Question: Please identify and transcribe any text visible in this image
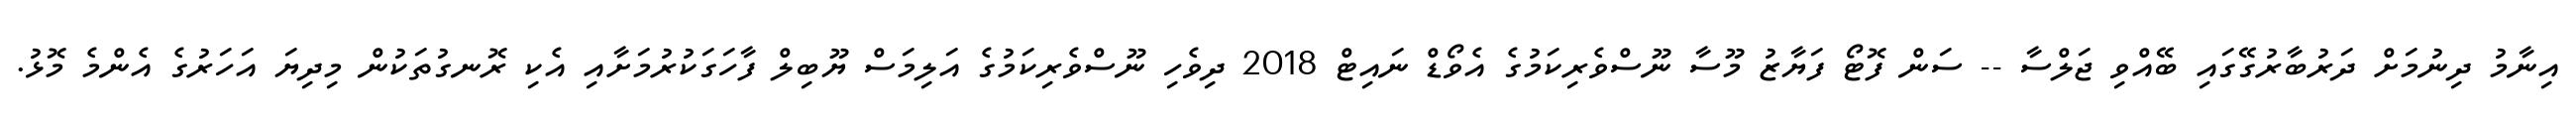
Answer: އިނާމު ދިނުމަށް ދަރުބާރުގޭގައި ބޭއްވި ޖަލްސާ -- ސަން ފޮޓޯ ފަޔާޒު މޫސާ ނޫސްވެރިކަމުގެ އެވޯޑް ނައިޓް 2018 ދިވެހި ނޫސްވެރިކަމުގެ އަލިމަސް ޔޫބިލް ފާހަގަކުރުމަށާއި އެކި ރޮނގުތަކުން މިދިޔަ އަހަރުގެ އެންމެ މޮޅު.